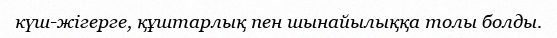
күш-жігерге, құштарлық пен шынайылыққа толы болды.